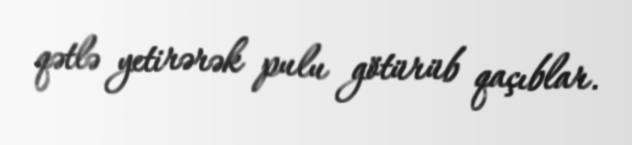
qətlə yetirərək pulu götürüb qaçıblar.